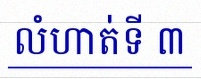
លំហាត់ទី ៣